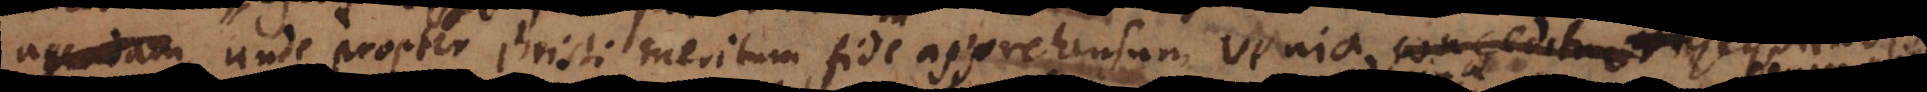
agendam, unde propter Christi meritum fide apprehensum, venia sequ